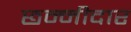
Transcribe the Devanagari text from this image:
छन्नीदार